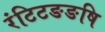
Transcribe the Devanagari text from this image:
रंटिटङङषि